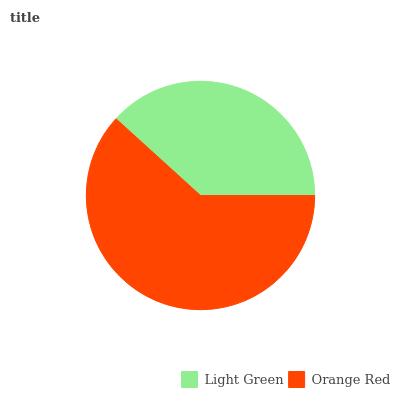
| Light Green | Orange Red |
 | --- | --- |
 | 38.2% | 61.8% |